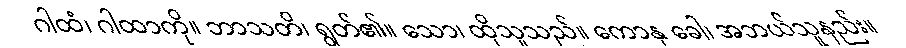
ဂါထံ၊ ဂါထာကို။ ဘာသတိ၊ ရွတ်၏။ သော၊ ထိုသူသည်။ ကောနု ခေါ၊ အဘယ်သူနည်း။